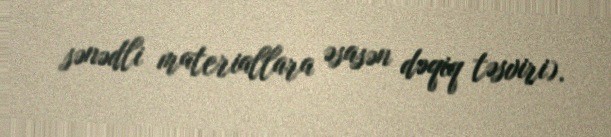
sənədli materiallara əsasən dəqiq təsviri).